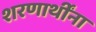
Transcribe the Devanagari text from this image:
शरणार्थींना